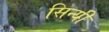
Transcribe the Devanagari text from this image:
सिन्यी